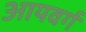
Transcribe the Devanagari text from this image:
आयवर्ग